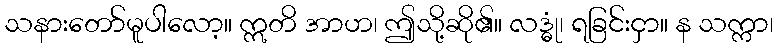
သနားတော်မူပါလော့။ ဣတိ အာဟ၊ ဤသို့ဆို၏။ လဒ္ဓုံ၊ ရခြင်းငှာ။ န သက္ကာ၊